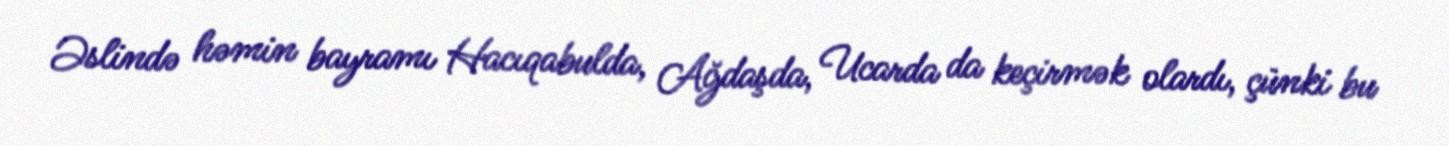
Əslində həmin bayramı Hacıqabulda, Ağdaşda, Ucarda da keçirmək olardı, çünki bu